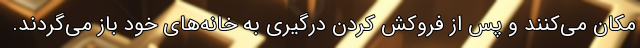
مکان می‌کنند و پس از فروکش کردن درگیری به خانه‌های خود باز می‌‌گردند.